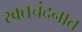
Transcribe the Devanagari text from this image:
रक्तचंदनात